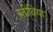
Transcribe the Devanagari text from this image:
स्तीविया